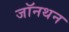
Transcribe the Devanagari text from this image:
जॉनथन